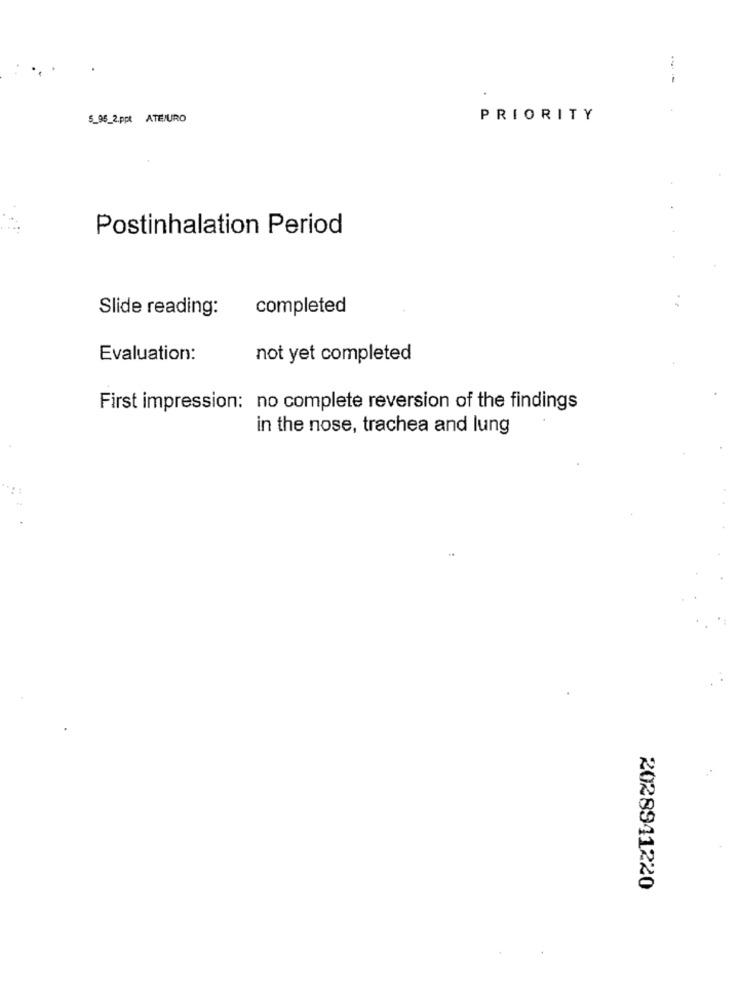
-
5_95_2.ppt ATEURO
PRIORITY
Postinhalation Period
Slide reading:
completed
Evaluation:
not yet completed
First impression: no complete reversion of the findings
in the nose, trachea and lung
..
2028941220